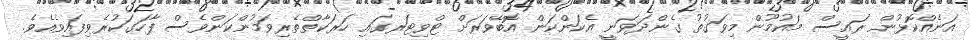
އަނެއްކޮޅުން ރައީސް މައުމޫން މިވަގުތު ގެންދަވަނީ އެކަންކަން އޮބޭވަރަށް ޓްވިޓަރގައި ހަރަކާތްތެރިވަމުންކަންވެސް ފާހަގަކުރެވިފައިވެއެވެ.